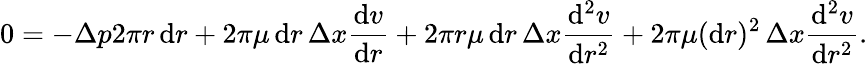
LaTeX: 0=-\Delta p2\pi r\, \mathrm{d}r+2\pi\mu\, \mathrm{d}r\, \Delta x{\frac{\mathrm{d}v}{\mathrm{d}r}}+2\pi r\mu\, \mathrm{d}r\, \Delta x{\frac{\mathrm{d}^{2}v}{\mathrm{d}r^{2}}}+2\pi\mu(\mathrm{d}r)^{2}\, \Delta x{\frac{\mathrm{d}^{2}v}{\mathrm{d}r^{2}}}.